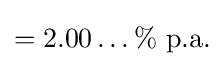
=2.00\ldots \%{\text{ p.a.}}